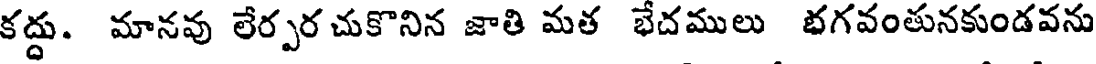
కద్దు. మానవు లేర్పర చుకొనిన జాతి మత భేదములు భగవంతునకుండవను